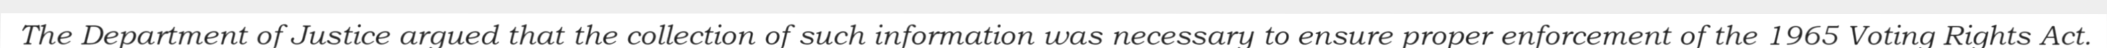
The Department of Justice argued that the collection of such information was necessary to ensure proper enforcement of the 1965 Voting Rights Act.